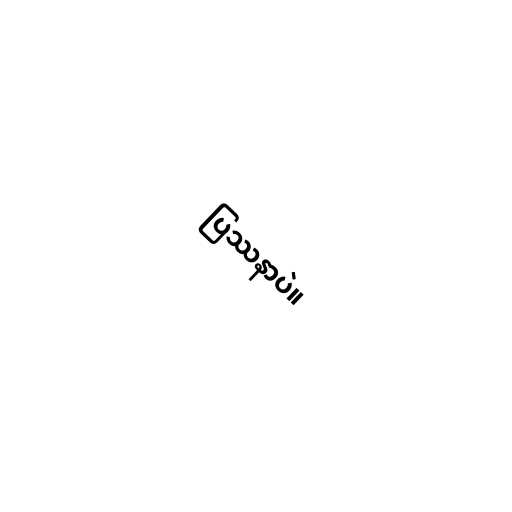
ပြဿနာပဲ။